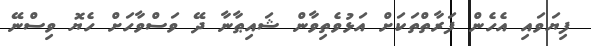
ފިޔަވައި އެހެން ފަރާތްތަކަށް އަޅުވެތިވާން ޝައިޠާނާ ދޭ ވަސްވާހަށް ހެޔޮ ވިސްނޭ